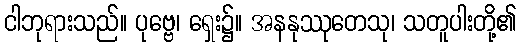
ငါဘုရားသည်။ ပုဗ္ဗေ၊ ရှေး၌။ အနနုဿုတေသု၊ သတူပါးတို့၏